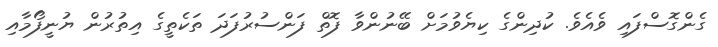
ގެންގޮސްފައި ވެއެވެ. ކުދިންގެ ކިޔެވުމަށް ބޭނުންވާ ފޮތް ފަންސުރުފަދަ ތަކެތީގެ އިތުރުން ޔުނީފޯމާއި